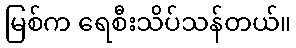
မြစ်က ရေစီးသိပ်သန်တယ်။